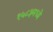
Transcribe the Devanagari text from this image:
१५८३मध्ये